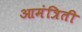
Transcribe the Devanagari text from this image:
आमंत्रिती